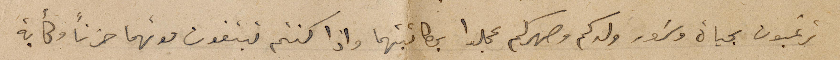
ترغبون بحياة وسَرور ولدكم وصهركم عجلوا بمكاتبتهما واذا كنتم تبتغون موتهما حزناً وكآبة